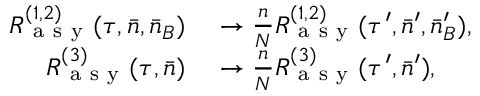
\begin{array} { r l } { R _ { \mathrm { ~ a ~ s ~ y ~ } } ^ { ( 1 , 2 ) } ( \tau , \bar { n } , \bar { n } _ { B } ) } & { { } \rightarrow \frac { n } { N } R _ { \mathrm { ~ a ~ s ~ y ~ } } ^ { ( 1 , 2 ) } ( \tau ^ { \prime } , \bar { n } ^ { \prime } , \bar { n } _ { B } ^ { \prime } ) , } \\ { R _ { \mathrm { ~ a ~ s ~ y ~ } } ^ { ( 3 ) } ( \tau , \bar { n } ) } & { { } \rightarrow \frac { n } { N } R _ { \mathrm { ~ a ~ s ~ y ~ } } ^ { ( 3 ) } ( \tau ^ { \prime } , \bar { n } ^ { \prime } ) , } \end{array}